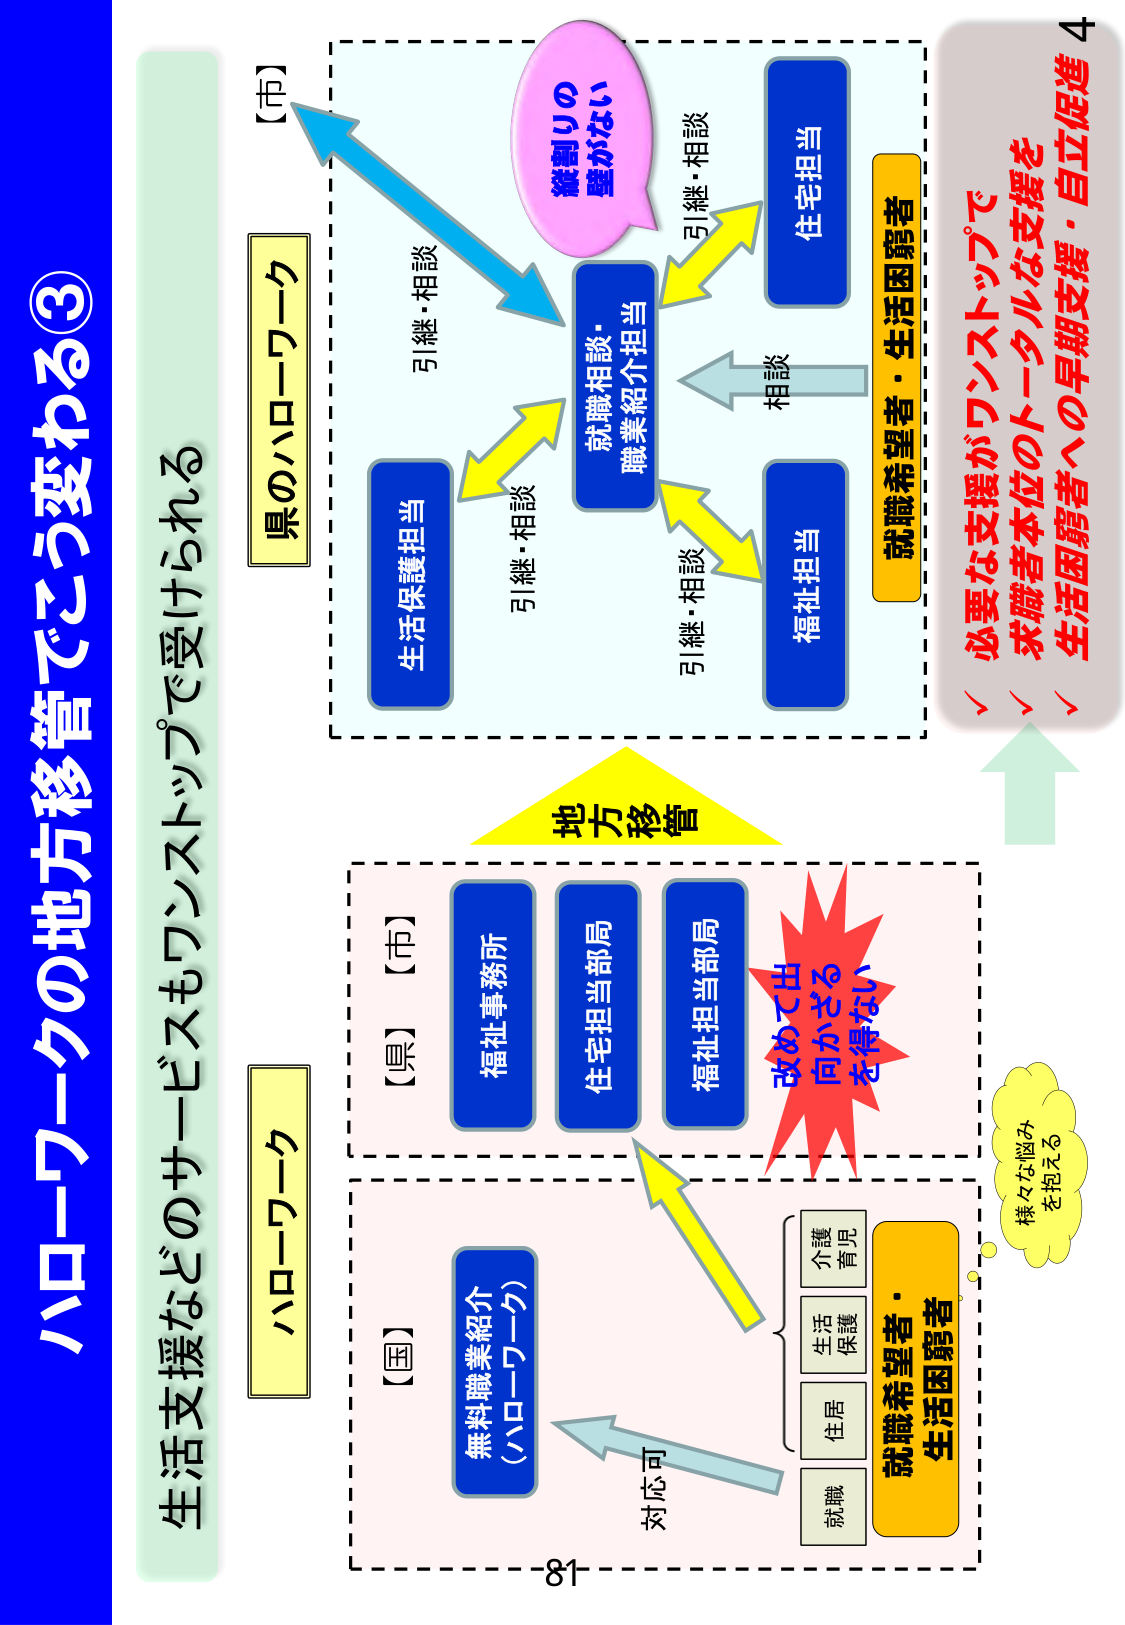
ハローワークの地方移管でこう変わる③
生活支援などのサービスもワンストップで受けられる

【市】
県のハローワーク

生活保護担当
引継・相談

就職相談・
職業紹介担当
引継・相談

住宅担当
引継・相談

福祉担当
相談

就職希望者・生活困窮者

継続りの
壁がない

地方移管

【県】【市】
福祉事務所
住宅担当部局
福祉担当部局

改めて
出かざる
を得ない

【国】
無料職業紹介
（ハローワーク）
対応可

就職
住居
生活
保護
介護
育児

就職希望者・
生活困窮者

様々な悩み
を抱える

必要な支援がワンストップで
求職者本位のトータルな支援を
生活困窮者への早期支援・自立促進

ハローワーク
81
4